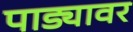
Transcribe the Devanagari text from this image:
पाड्यावर